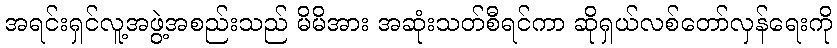
အရင်းရှင်လူ့အဖွဲ့အစည်းသည် မိမိအား အဆုံးသတ်စီရင်ကာ ဆိုရှယ်လစ်တော်လှန်ရေးကို